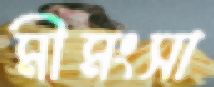
মীমংসা